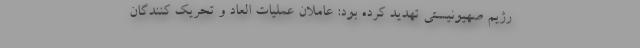
رژیم صهیونیستی تهدید کرده بود: عاملان عملیات العاد و تحریک کنندگان